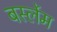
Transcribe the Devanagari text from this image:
बर्स्लेम